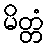
မိတ္တံ